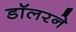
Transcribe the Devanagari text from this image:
डॉलरने